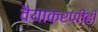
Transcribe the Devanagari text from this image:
वैयाकरणीही